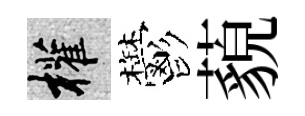
權鬱藐